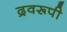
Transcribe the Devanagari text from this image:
द्रवरूपी